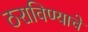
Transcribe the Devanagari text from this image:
ठराविण्याचे